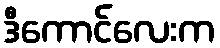
ဒီကောင်လေးက